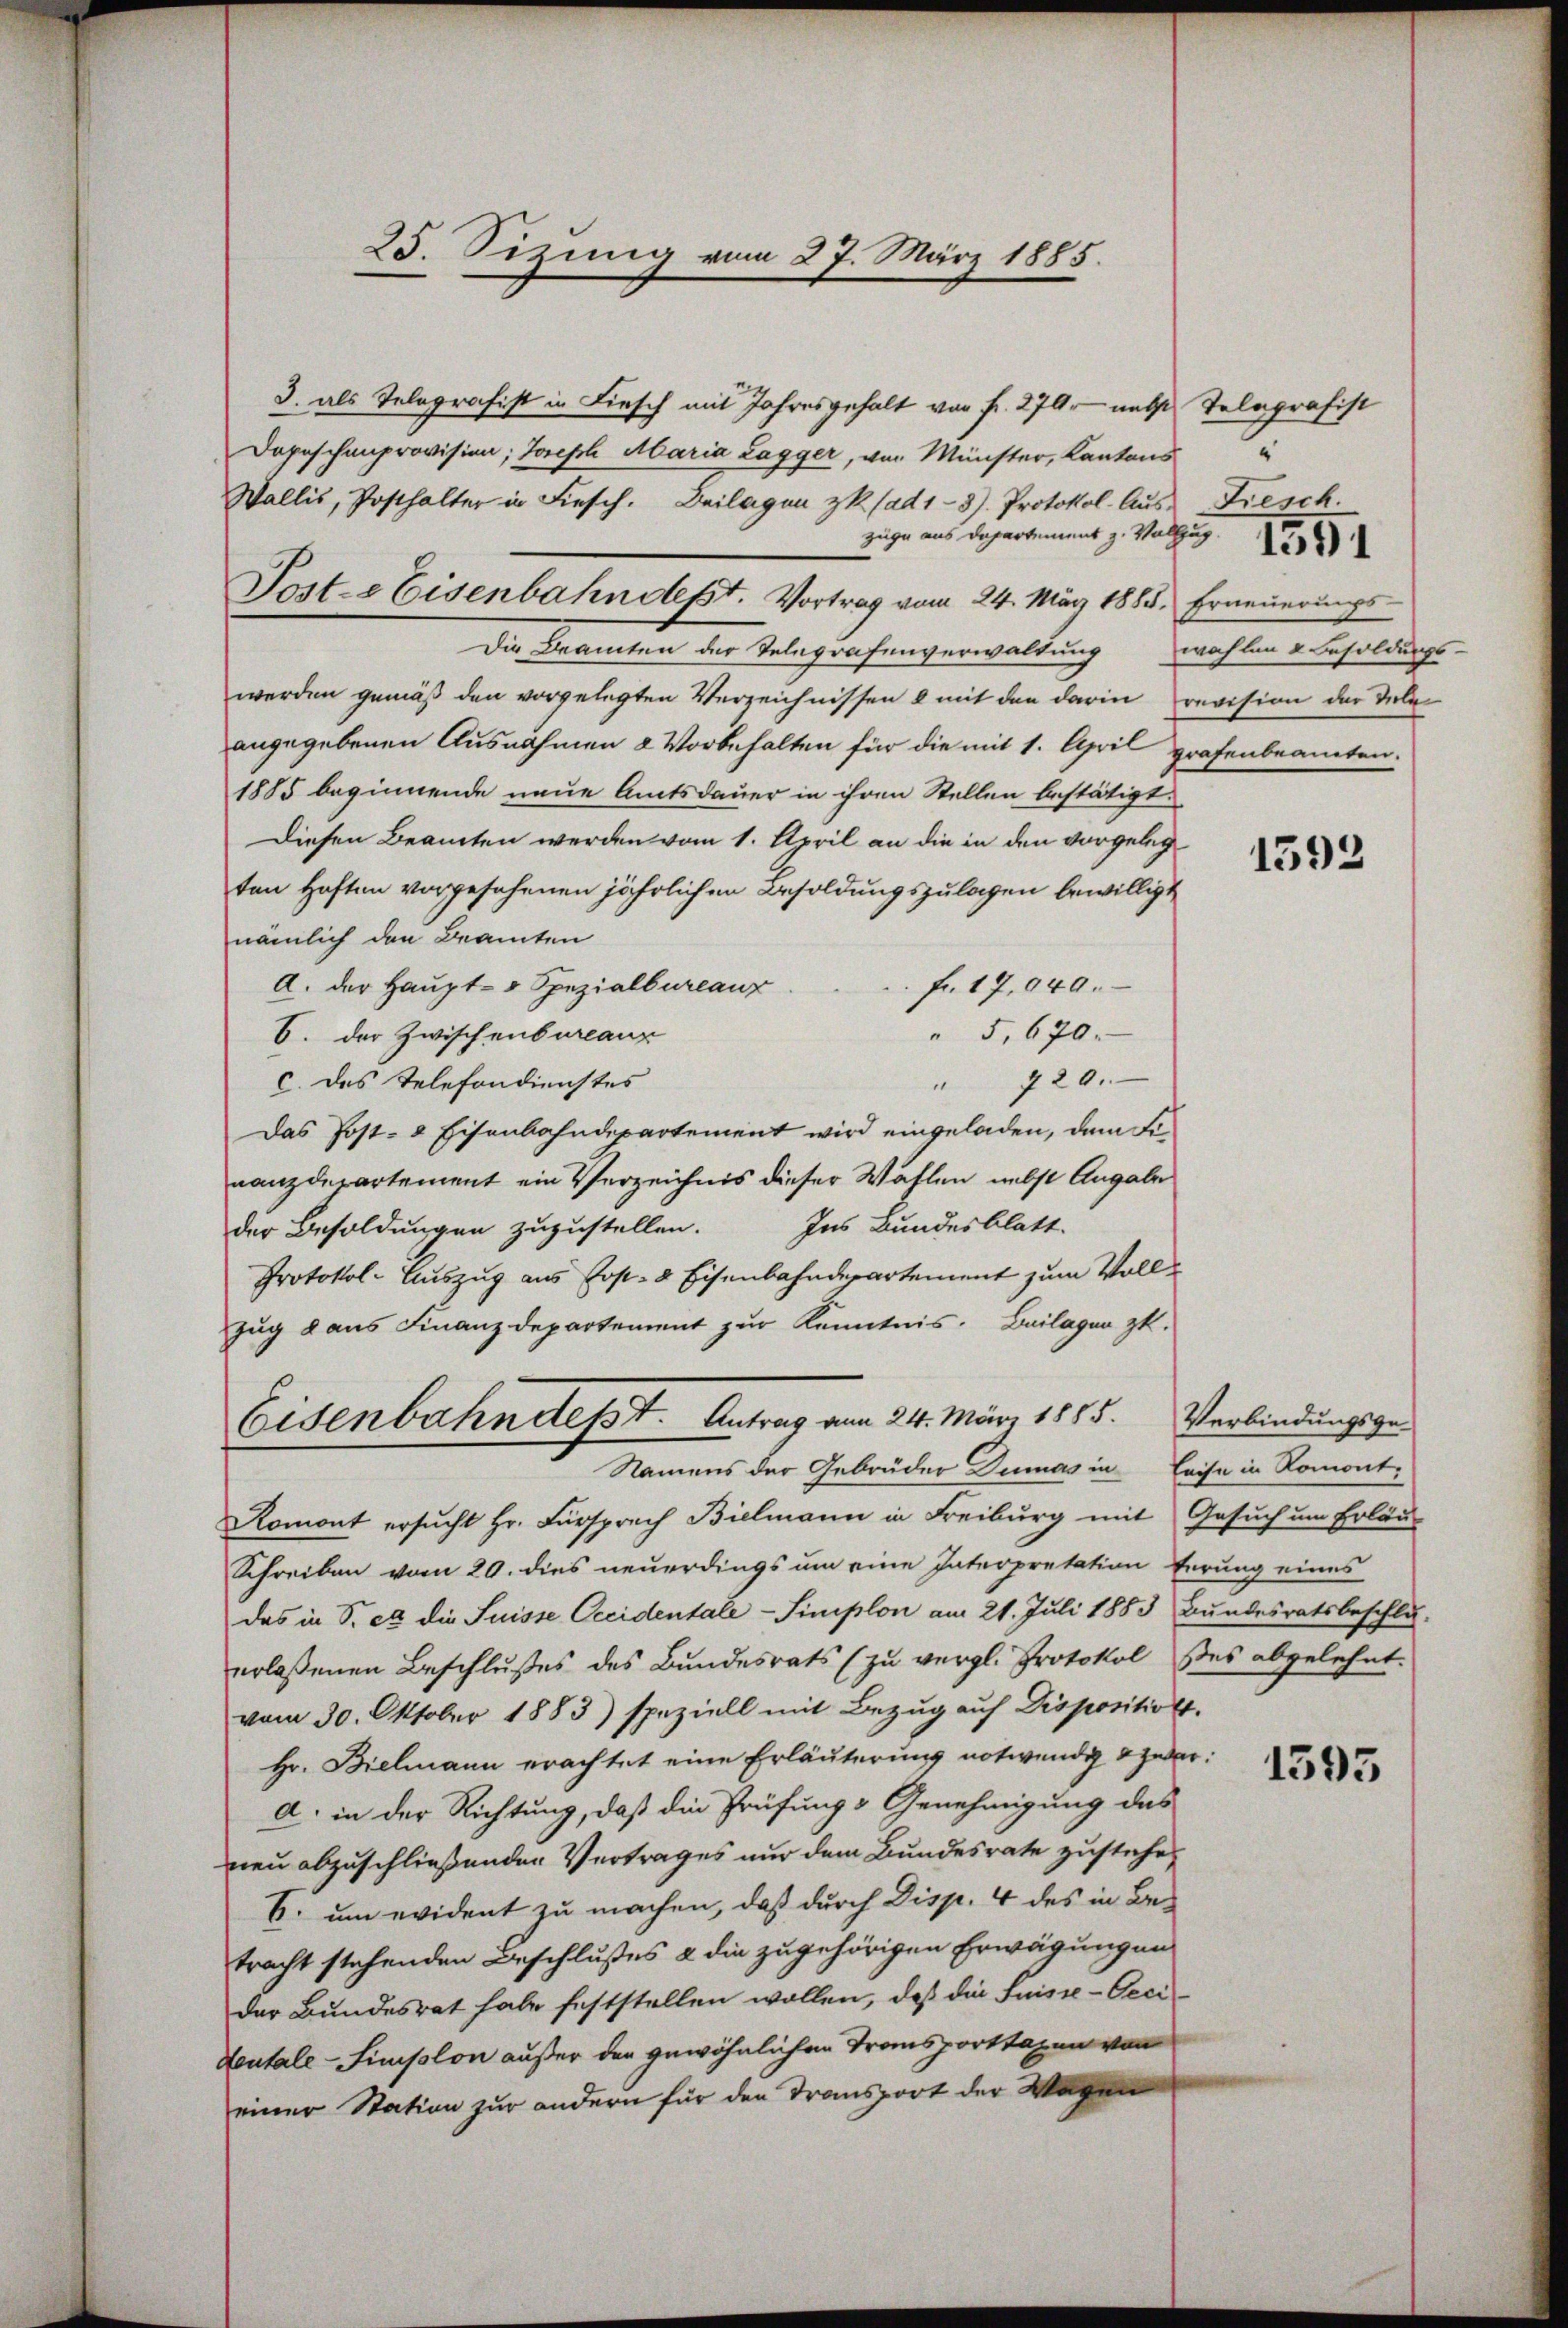
25. Sizung vom 27. März 1885.

3. als Telegrafist in Fiesch mit Jahresgehalt von fr. 270. nebst Telegrafist
Depeschenprovision; Joseph Maria Lagger, von Münster, Kantons
Wallis, Posthalter in Fiesch. Beilagen zk. (ad 1-3). Protokol- Aus-
züge aus Departement zu Vollzug
Poste Eisenbahndept. Vortrag vom 24. März 1885. Erneuerungs-
Die Bramten der Telegrafenverwaltung wählen & Besoldungs-
werden gemäß den vorgelegten Verzeichnissen & mit den darin revision der Tele
angegebenen Ausnahmen 2 Vorbehalten für die mit 1. April grafenbeamten.
1885 beginnende neue Amtsdauer in ihren Stellen bestätigt.
Diesen Beamten werden vom 1. April an die in den vorgelegten Haften vorgesehenen jährlichen Besoldungszulagen bewilligt
nämlich den Beamten
A. der Haupt- v Spezialbureaux
fr. 17,040.
6. der Zwischenbureaux
" 5, 670.
" 720.
c. des Telefondienstes
Das Post- & Eisenbahndepartement wird eingeladen, dem Finanzdepartement ein Verzeichnis dieser Wählen nebst Angabe
der Besoldungen zuzustellen. Ins Bundesblatt.
Protokol- Auszug aus Post- & Eisenbahndepartement zum Vollzug aus Finanzdepartement zur Kenntnis. Beilagen zu.
Eisenbahn desst. Antrag am 24. März 1885. Verbindungsge-
Namens der Gebrüder Dias in Leise in Romont.
Romont ersucht Hr. Fürsprech Bielmann in Freiburg mit Gesuch um Erläu-
Schreiben vom 20. dies neuerdings um eine Interpretation herung eines
das in S. et die Suisse Occidentale - Simplon am 21. Juli 1883 Bŭndesratsbeschlu
erlassenen Beschlußes des Bundesrats (zu vergl. Protokol
vom 30. Oktober 1883) speziell mit Bezug auf Dispositiot.
Hr. Bielmann erachtet eine Erläuterung notwendig & zu
a. in der Richtung, daß die Prüfung & Genehmigung das
nen abzuschließenden Vertrages nur dem Bundesrate zustehe,
E. um evident zu machen, daß durch Disp. 4 des in Be-
tracht stehenden Beschlußes & die zugehörigen Erwägungen
der Bundesrat habe feststellen wollen, daß die Suisse-Oeci¬
Veutale-Simplon außer den gewöhnlichen Transporttagen von
einer Station zur andern für den Transport der Wagen

Fiesch.

.

1592

ses abgelehnt.

1395